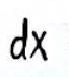
\(dx\)